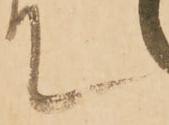
て